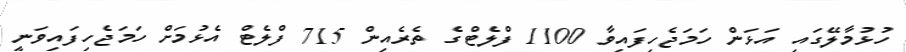
ހުޅުމާލޭގައި އަޅަން ހަމަޖެހިފައިވާ 1100 ފްލެޓްގެ ތެރެއިން 715 ފްލެޓް އެޅުމަށް ހަމަޖެހިފައިވަނީ